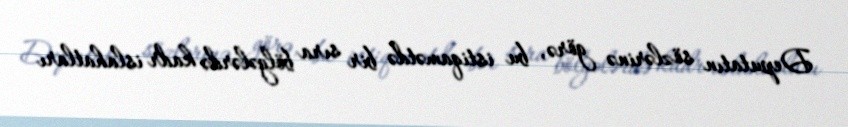
Deputatın sözlərinə görə, bu istiqamətdə bir sıra bölgələrdə kadr islahatları